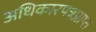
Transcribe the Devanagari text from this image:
अधिकारपत्रप्राप्त